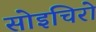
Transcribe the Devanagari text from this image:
सोइचिरो